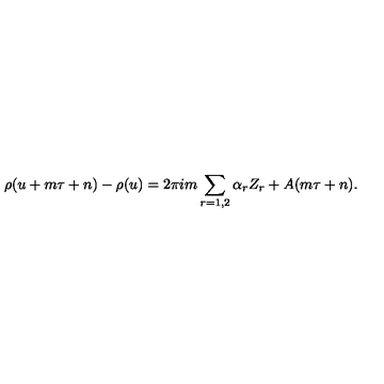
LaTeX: \rho ( u + m \tau + n ) - \rho ( u ) = 2 \pi i m \sum _ { r = 1 , 2 } \alpha _ { r } Z _ { r } + A ( m \tau + n ) .